Report on vaccination in the Province of Bengal - 1869-1873
Year: 1869
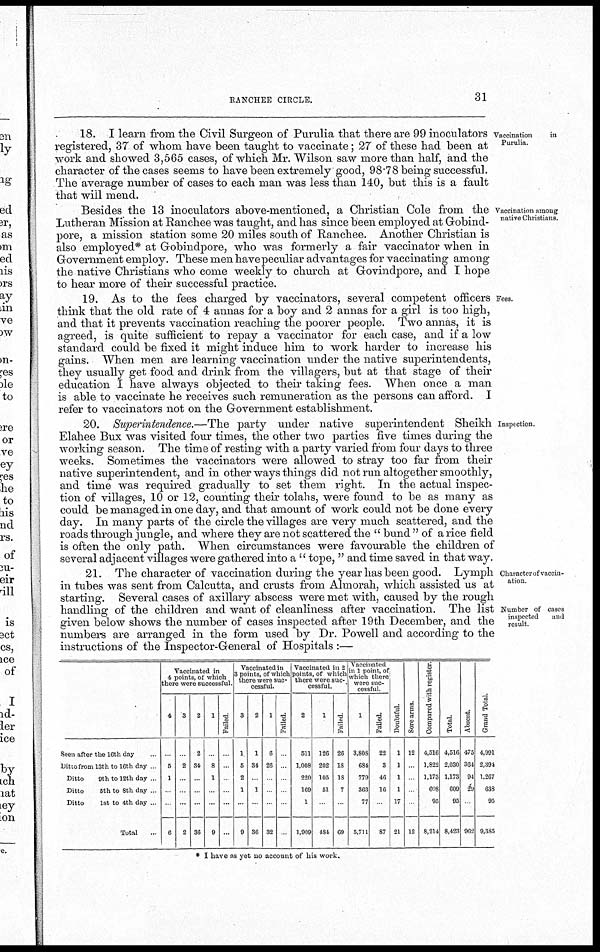
RANCHEE CIRCLE.
31
Vaccination
in
Purulia.
18. I learn from the Civil Surgeon of Purulia that there are 99 inoculators
registered, 37 of whom have been taught to vaccinate; 27 of these had been at
work and showed 3,565 cases, of which Mr. Wilson saw more than half, and the
character of the cases seems to have been extremely good, 98.78 being successful.
The average number of cases to each man was less than 140, but this is a fault
that will mend.
Vaccination among
native Christians.
Besides the 13 inoculators above-mentioned, a Christian Cole from the
Lutheran Mission at Ranchee was taught, and has since been employed at Gobind-
pore, a mission station some 20 miles south of Ranchee. Another Christian is
also employed* at Gobindpore, who was formerly a fair vaccinator when in
Government employ. These men have peculiar advantages for vaccinating among
the native Christians who come weekly to church at Govindpore, and I hope
to hear more of their successful practice.
Fees.
19. As to the fees charged by vaccinators, several competent officers
think that the old rate of 4 annas for a boy and 2 annas for a girl is too high,
and that it prevents vaccination reaching the poorer people. Two annas, it is
agreed, is quite sufficient to repay a vaccinator for each case, and if a low
standard could be fixed it might induce him to work harder to increase his
gains. When men are learning vaccination under the native superintendents,
they usually get food and drink from the villagers, but at that stage of their
education I have always objected to their taking fees. When once a man
is able to vaccinate he receives such remuneration as the persons can afford. I
refer to vaccinators not on the Government establishment.
Inspection.
20. Superintendence.—The party under native superintendent Sheikh
Elahee Bux was visited four times, the other two parties five times during the
working season. The time of resting with a party varied from four days to three
weeks. Sometimes the vaccinators were allowed to stray too far from their
native superintendent, and in other ways things did not run altogether smoothly,
and time was required gradually to set them right. In the actual inspec-
tion of villages, 10 or 12, counting their tolahs, were found to be as many as
could be managed in one day, and that amount of work could not be done every
day. In many parts of the circle the villages are very much scattered, and the
roads through jungle, and where they are not scattered the "bund" of a rice field
is often the only path. When circumstances were favourable the children of
several adjacent villages were gathered into a " tope, " and time saved in that way.
Character of vaccin¬
ation
Number of cases
inspected
and
result.
21. The character of vaccination during the year has been good. Lymph
in tubes was sent from Calcutta, and crusts from Almorah, which assisted us at
starting. Several cases of axillary abscess were met with, caused by the rough
handling of the children and want of cleanliness after vaccination. The list
given below shows the number of cases inspected after 19th December, and the
numbers are arranged in the form used by Dr. Powell and according to the
instructions of the Inspector-General of Hospitals :—
Seen after the 10th day ...
Ditto from 13th to 16th day ...
Ditto
9th to 12th day ...
Ditto
5th to 8th day ...
Ditto
1st to 4th day ...
Total ...
Vaccinated in
4 points, of which
there were successful.
4
...
5
1
...
...
6
3
...
2
...
...
...
2
2
2
34
...
...
...
36
1
...
8
1
...
...
9
Failed.
...
...
...
...
...
...
Vaccinated in
3 points, of which
there were suc-
cessful.
3
1
5
2
1
...
9
2
1
34
...
1
...
36
1
6
26
...
...
...
32
Failed.
...
...
...
...
...
...
Vaccinated m 2
points, of which
there were suc-
cessful.
2
511
1,008
220
169
1
1,909
1
126
202
105
51
...
484
Failed.
26
18
18
7
...
69
Vaccinated
m 1 point, of
which there
were suc-
cessful.
1
3,808
684
779
363
77
5,711
Failed.
22
3
46
16
...
87
Doubtful.
1
1
1
1
17
21
Sore arms.
12
...
...
...
...
12
Compared with register
4,516
1,822
1,173
608
95
8,214
Total
4,516
2,030
1,173
609
95
8,423
Absent.
475
364
94
29
...
962
Grand Total
4,991
2,394
1,267
638
95
9,385
* I have as yet no account of his work.